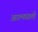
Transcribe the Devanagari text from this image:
अात्मघाती